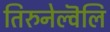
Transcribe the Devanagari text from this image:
तिरुनेल्वॆलि